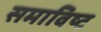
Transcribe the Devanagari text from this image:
समाविष्‍ट